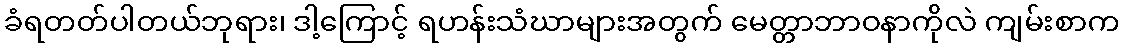
ခံရတတ်ပါတယ်ဘုရား၊ ဒါ့ကြောင့် ရဟန်းသံဃာများအတွက် မေတ္တာဘာဝနာကိုလဲ ကျမ်းစာက